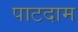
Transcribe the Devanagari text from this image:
पाटदाम